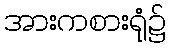
အားကစားရုံ၌